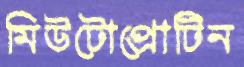
মিউটোপ্রোটিন